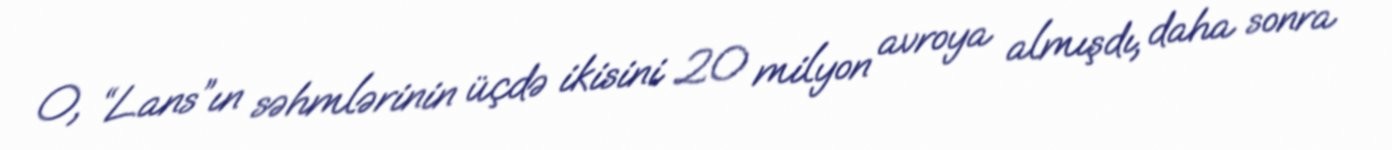
O, “Lans”ın səhmlərinin üçdə ikisini 20 milyon avroya almışdı, daha sonra